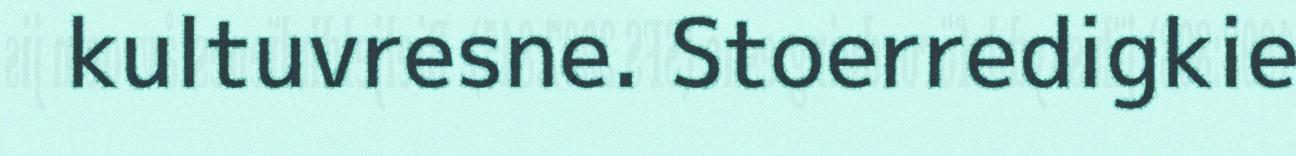
kultuvresne. Stoerredigkie